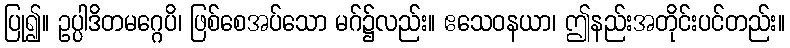
ပြု၍။ ဥပ္ပါဒိတမဂ္ဂေပိ၊ ဖြစ်စေအပ်သော မဂ်၌လည်း။ ဧသေဝနယာ၊ ဤနည်းအတိုင်းပင်တည်း။